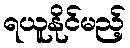
ရယူနိုင်မည့်